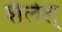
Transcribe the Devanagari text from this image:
शैलेश्